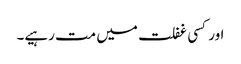
اور کسی غفلت میں مت رہیے۔